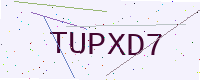
Text: TUPXD7